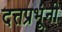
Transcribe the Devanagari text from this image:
दत्तप्रभूंनी